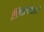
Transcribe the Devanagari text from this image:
शिल्पकारांसाठी